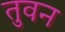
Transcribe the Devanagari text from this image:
तुवन